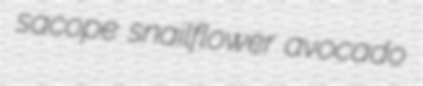
sacope snailflower avocado